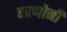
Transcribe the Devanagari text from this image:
काप्पोनी